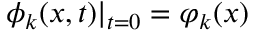
\phi _ { k } ( x , t ) | _ { t = 0 } = \varphi _ { k } ( x )